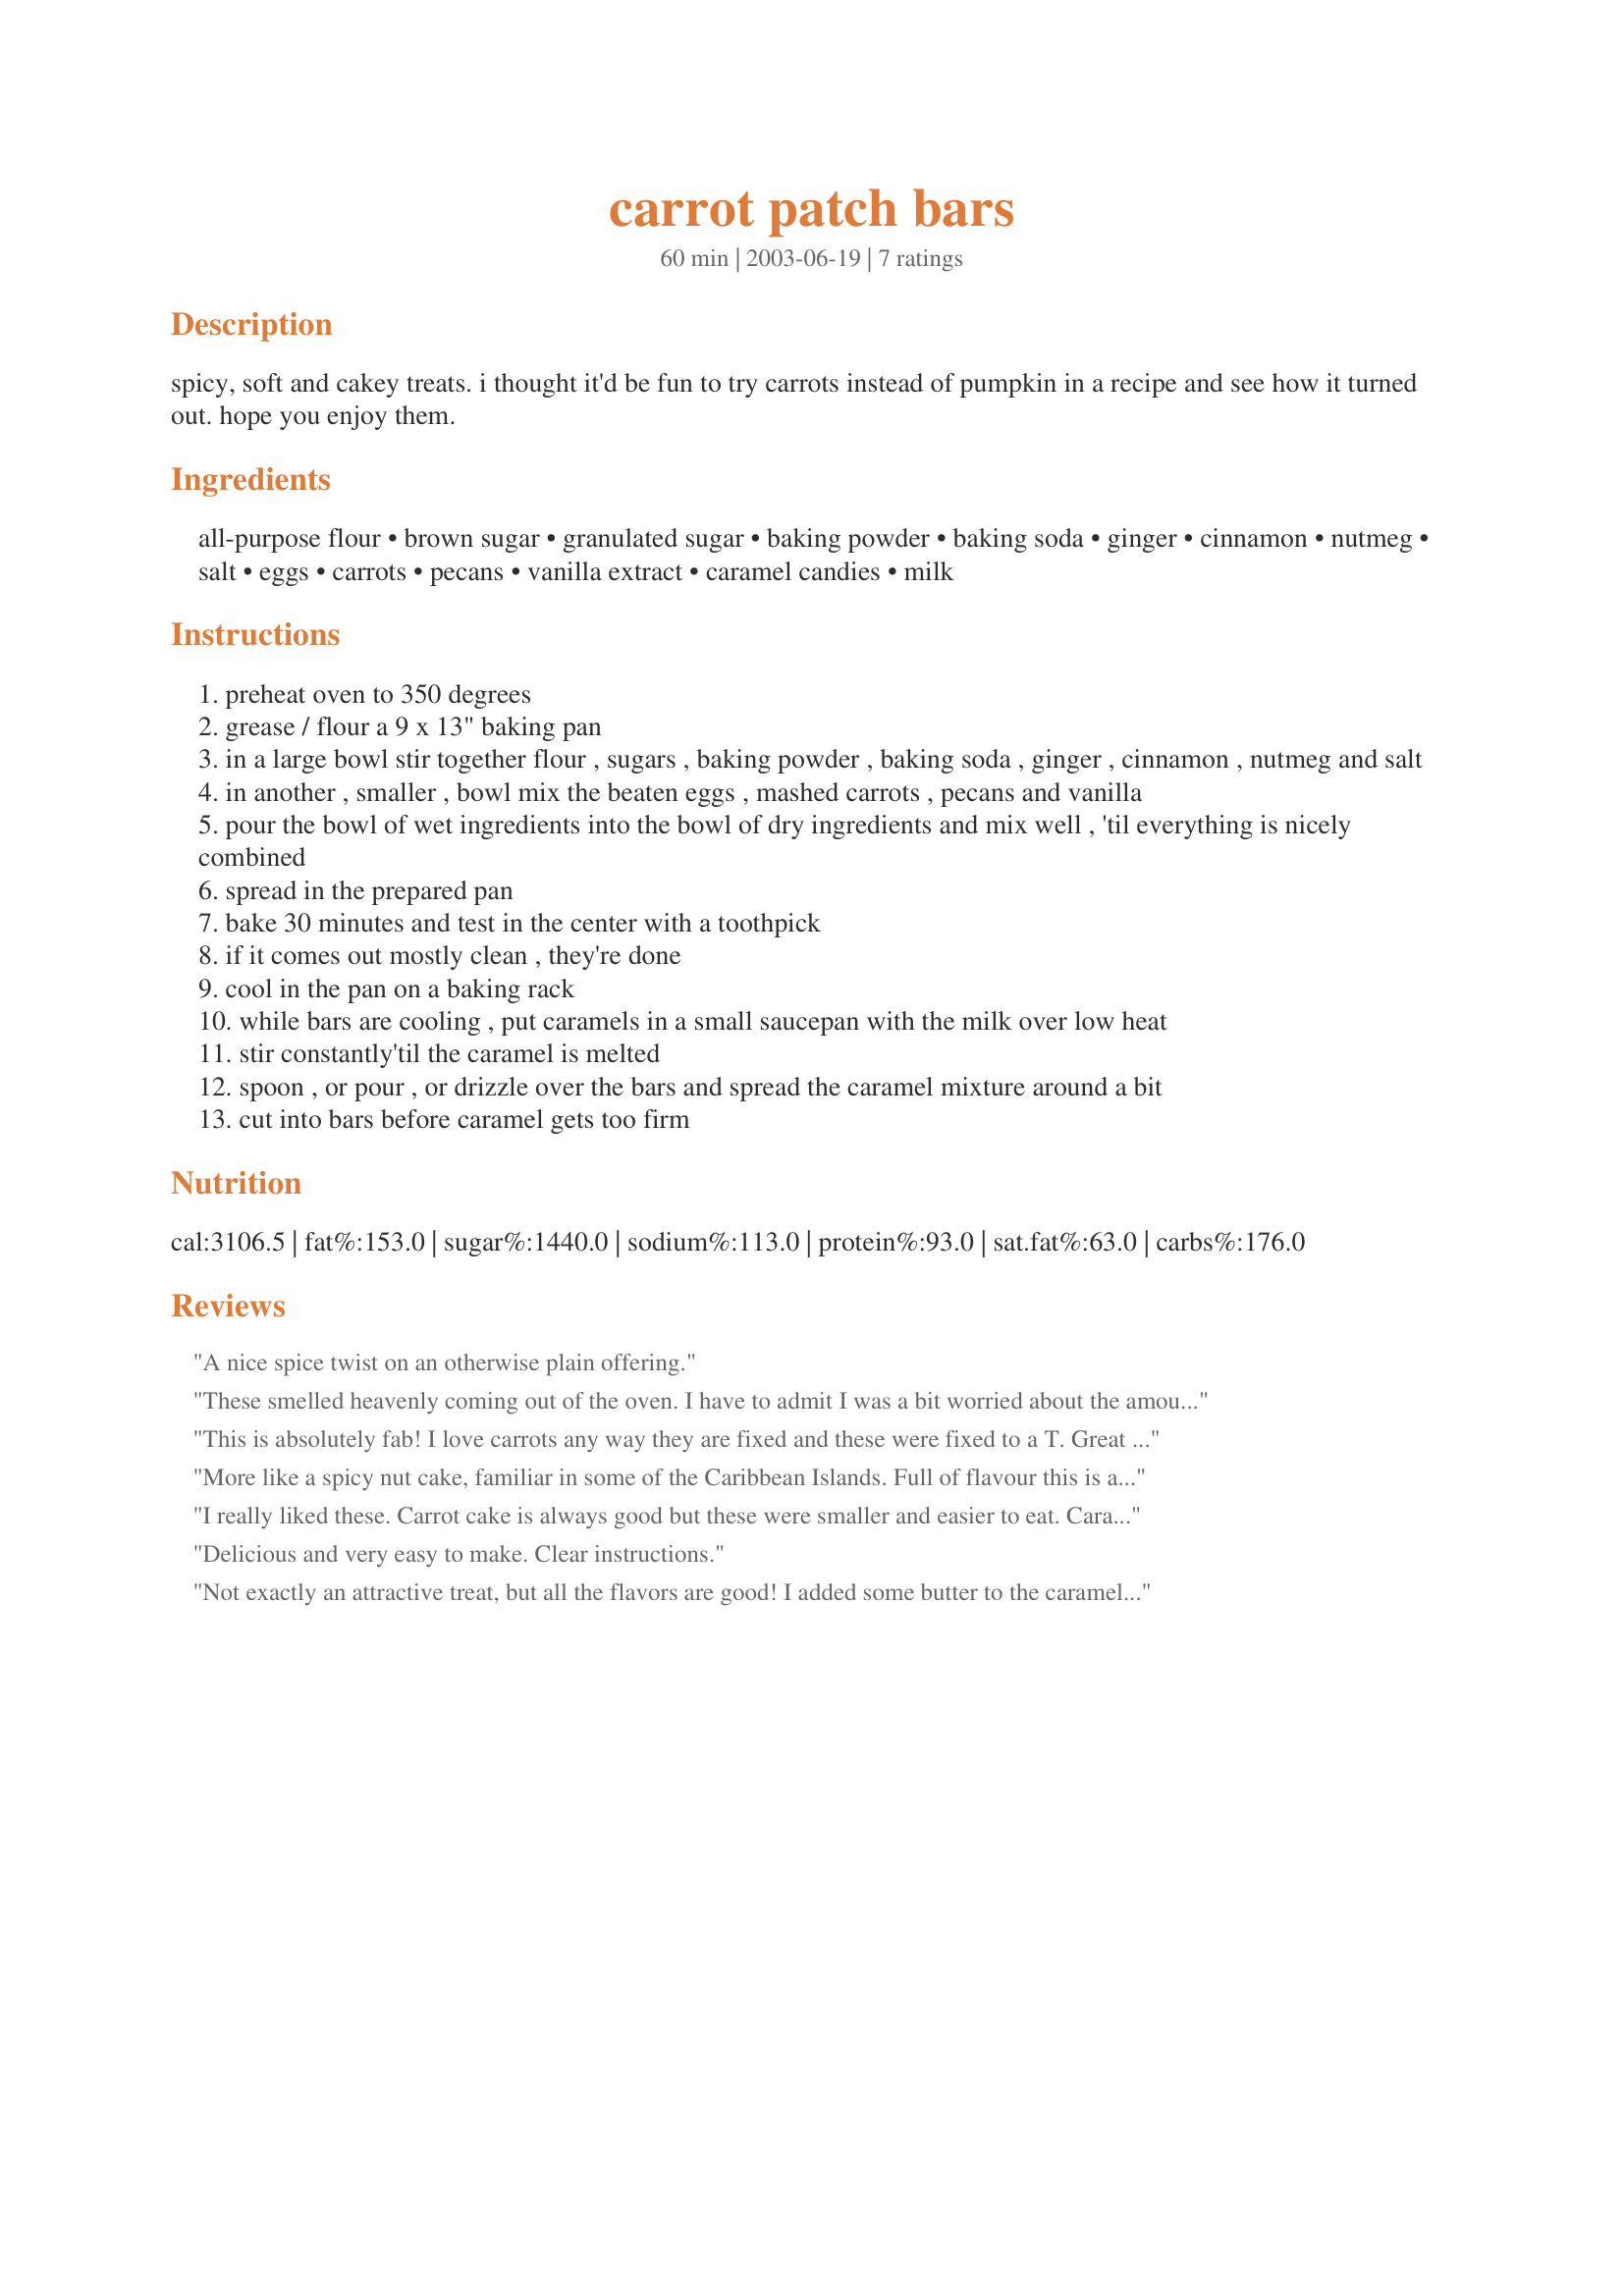
carrot patch bars
Preparation time: 60 minutes

spicy, soft and cakey treats. i thought it'd be fun to try carrots instead of pumpkin in a recipe and see how it turned out. hope you enjoy them.

Ingredients:
all-purpose flour, brown sugar, granulated sugar, baking powder, baking soda, ginger, cinnamon, nutmeg, salt, eggs, carrots, pecans, vanilla extract, caramel candies, milk

Steps:
preheat oven to 350 degrees
grease / flour a 9 x 13" baking pan
in a large bowl stir together flour , sugars , baking powder , baking soda , ginger , cinnamon , nutmeg and salt
in another , smaller , bowl mix the beaten eggs , mashed carrots , pecans and vanilla
pour the bowl of wet ingredients into the bowl of dry ingredients and mix well , 'til everything is nicely combined
spread in the prepared pan
bake 30 minutes and test in the center with a toothpick
if it comes out mostly clean , they're done
cool in the pan on a baking rack
while bars are cooling , put caramels in a small saucepan with the milk over low heat
stir constantly'til the caramel is melted
spoon , or pour , or drizzle over the bars and spread the caramel mixture around a bit
cut into bars before caramel gets too firm

Reviews:
A nice spice twist on an otherwise plain offering.
These smelled heavenly coming out of the oven. I have to admit I was a bit worried about the amount of spices going into the batter, but once they cooled I dug in and wow, they had a beautiful taste to them! They were QUITE difficult to cut, but not impossible *giggle*. They were quite lovely, but sweeter than I would usually prefer. I think next time I make them I may cut back on the sugar just a tad, and then I'll probably just make the bars without the caramel, as I think that may cut some sweetness out as well. Overall these bars are quite tasty! Thank you for the recipe :-)
This is absolutely fab! I love carrots any way they are fixed and these were fixed to a T. Great recipe to serve at luncheon for light dessert.
More like a spicy nut cake, familiar in some of the Caribbean Islands. Full of flavour this is a nice moist treat with a cup of tea. A very easy recipe to whip up. When caramel candies cool, they tend to harden up to their original consistency, making it very difficult, if not impossible to cut. I would not use them for cake topping. Without compromising the intent of this recipe, I used caramel chips for the topping; melting chips in a double boiler, mixed with 1 tbsp soya/canola margarine. The topping, in its melted smooth, creamy state spread very easily. (the caramel colour is not very appealing, however). When cooled, the topping was easily cut. It was easy to cut the cake into "bars"; these "Carrot Patch Bars" will be a nice addition to our treat table, during the coffee hour after church service, on Sunday. I will keep this recipe in my collection and use it again for bake sales, church coffee hour, etc. Thankyou for your contribution.
I really liked these. Carrot cake is always good but these were smaller and easier to eat. Caramel on top was great.
Delicious and very easy to make. Clear instructions.
Not exactly an attractive treat, but all the flavors are good! I added some butter to the caramel to keep it soft. I think it would be better without any caramel at all though. Thanks for the recipe, I'll probably make this again.
